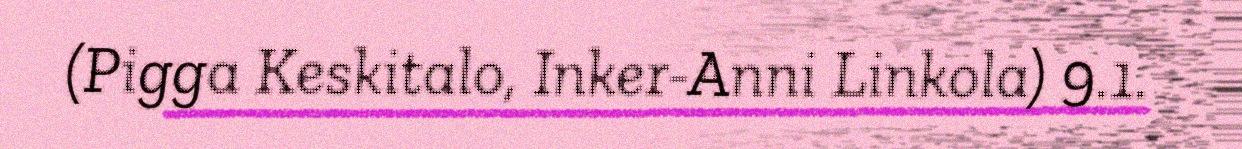
(Pigga Keskitalo, Inker-Anni Linkola) 9.1.